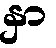
နှာ